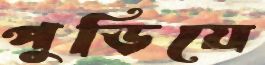
পুড়িয়ে